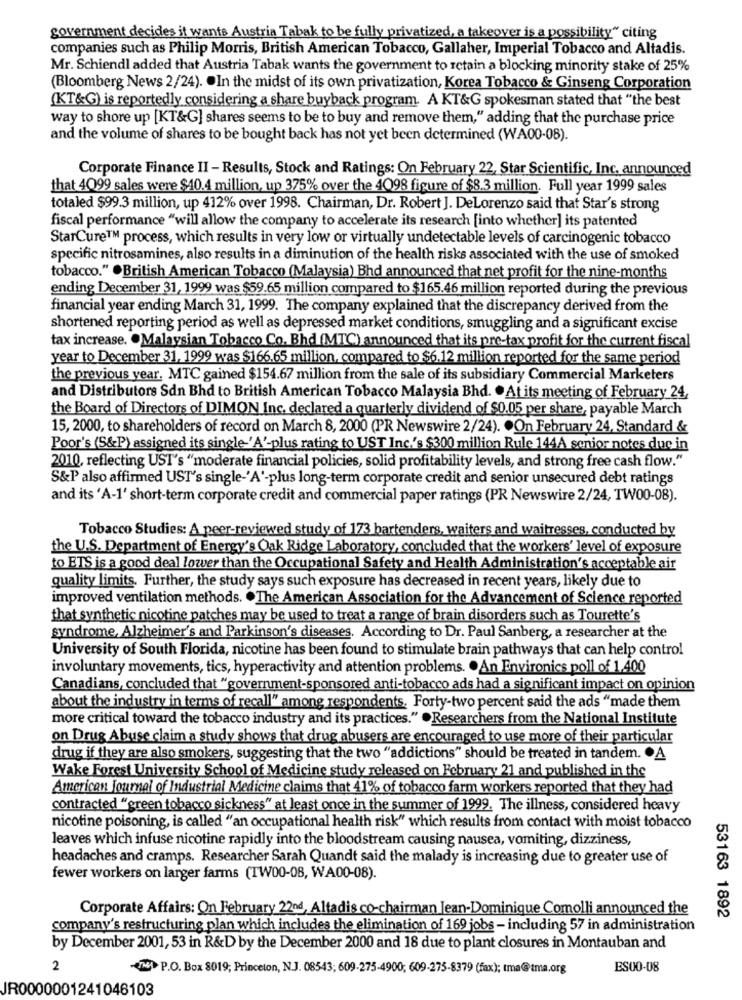
government decides it wants Austria Tabak to be fully privatized, a takeover is a possibility" citing
companies such as Philip Morris, British American Tobacco, Gallaher, Imperial Tobacco and Altadis.
Mr. Schiendl added that Austria Tabak wants the government to retain a blocking minority stake of 25%
(Bloomberg News 2/24). . In the midst of its own privatization, Korea Tobacco & Ginseng Corporation
(KT&G) is reportedly considering a share buyback program. A KT&G spokesman stated that "the best
way to shore up [KT&G] shares seems to be to buy and remove them," adding that the purchase price
and the volume of shares to be bought back has not yet been determined (WA00-08).
Corporate Finance II - Results, Stock and Ratings: On February 22, Star Scientific, Inc. announced
that 4099 sales were $40.4 million, up 375% over the 4098 figure of $8.3 million. Full year 1999 sales
totaled $99.3 million, up 412% over 1998. Chairman, Dr. Robert J. DeLorenzo said that Star's strong
fiscal performance "will allow the company to accelerate its research [into whether] its patented
StarCure™M process, which results in very low or virtually undetectable levels of carcinogenic tobacco
specific nitrosamines, also results in a diminution of the health risks associated with the use of smoked
tobacco." . British American Tobacco (Malaysia) Bhd announced that net profit for the nine-months
ending December 31, 1999 was $59.65 million compared to $165.46 million reported during the previous
financial year ending March 31, 1999. The company explained that the discrepancy derived from the
shortened reporting period as well as depressed market conditions, smuggling and a significant excise
tax increase. . Malaysian Tobacco Co. Bhd (MTC) announced that its pre-tax profit for the current fiscal
year to December 31, 1999 was $166.65 million, compared to $6.12 million reported for the same period
the previous year. MTC gained $154.67 million from the sale of its subsidiary Commercial Marketers
and Distributors Sdn Bhd to British American Tobacco Malaysia Bhd. . At its meeting of February 24,
the Board of Directors of DIMON Inc. declared a quarterly dividend of $0.05 per share, payable March
15, 2000, to shareholders of record on March 8, 2000 (PR Newswire 2/24). . On February 24, Standard &
Poor's (S&P) assigned its single-'A'-plus rating to UST Inc's $300 million Rule 144A senior notes due in
2010, reflecting UST's "moderate financial policies, solid profitability levels, and strong free cash flow."
S&P also affirmed UST's single-'A'-plus long-term corporate credit and senior unsecured debt ratings
and its 'A-1' short-term corporate credit and commercial paper ratings (PR Newswire 2/24, TW00-08).
Tobacco Studies: A peer-reviewed study of 173 bartenders, waiters and waitresses, conducted by
the U.S. Department of Energy's Oak Ridge Laboratory, concluded that the workers' level of exposure
to ETS is a good deal lower than the Occupational Safety and Health Administration's acceptable air
quality limits. Further, the study says such exposure has decreased in recent years, likely due to
improved ventilation methods. . The American Association for the Advancement of Science reported
that synthetic nicotine patches may be used to treat a range of brain disorders such as Tourette's
syndrome, Alzheimer's and Parkinson's diseases. According to Dr. Paul Sanberg, a researcher at the
University of South Florida, nicotine has been found to stimulate brain pathways that can help control
involuntary movements, tics, hyperactivity and attention problems. . An Environics poll of 1.400
Canadians, concluded that "government-sponsored anti-tobacco ads had a significant impact on opinion
about the industry in terms of recall" among respondents. Forty-two percent said the ads "made them
more critical toward the tobacco industry and its practices." . Researchers from the National Institute
on Drug Abuse claim a study shows that drug abusers are encouraged to use more of their particular
drug if they are also smokers, suggesting that the two "addictions" should be treated in tandem. . A
Wake Forest University School of Medicine study released on February 21 and published in the
American Journal of Industrial Medicine claims that 41% of tobacco farm workers reported that they had
contracted "green tobacco sickness" at least once in the summer of 1999. The illness, considered heavy
nicotine poisoning, is called "an occupational health risk" which results from contact with moist tobacco
leaves which infuse nicotine rapidly into the bloodstream causing nausea, vomiting, dizziness,
headaches and cramps. Researcher Sarah Quandt said the malady is increasing due to greater use of
fewer workers on larger farms (TW00-08, WA00-08).
Corporate Affairs: On February 22nd, Altadis co-chairman Jean-Dominique Comolli announced the
53163 1892
company's restructuring plan which includes the elimination of 169 jobs - including 57 in administration
by December 2001, 53 in R&D by the December 2000 and 18 due to plant closures in Montauban and
2
N P.O. Box 8019; Princeton, N.J. 08543; 609-275-4900; 609-275-8379 (fax); tma@tma.org
ES00-08
JR0000001241046103